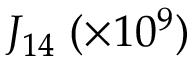
J _ { 1 4 } \; ( \times 1 0 ^ { 9 } )